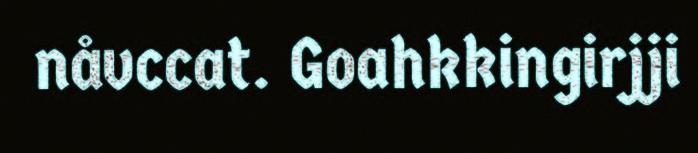
nåvccat. Goahkkingirjji